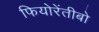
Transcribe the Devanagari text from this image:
फियोरेंतीबो